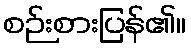
စဉ်းစားပြန်၏။